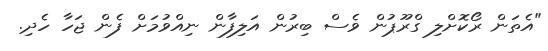
"އެތަން ރޯކޮށްލި ގްރޫޕުން ވެސް ބިރުން އަލިފާން ނިއްވުމަށް ފެން ޖަހާ ހެދި.